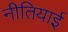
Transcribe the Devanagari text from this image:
नीतियाई